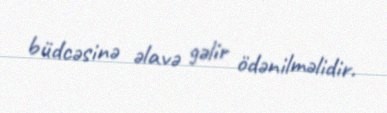
büdcəsinə əlavə gəlir ödənilməlidir.